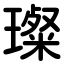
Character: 璨